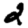
Digit: 2